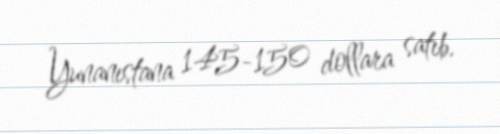
Yunanıstana 145-150 dollara satıb.